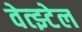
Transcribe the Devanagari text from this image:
वेत्झ्टेल